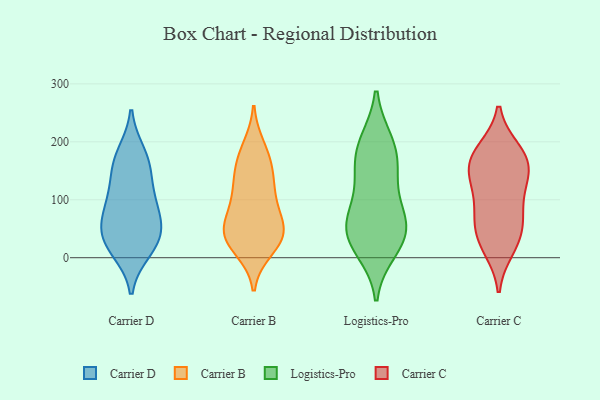
{"axis": {"x": "Temperature (°C)", "y": "Value"}, "legend": ["Carrier B", "Carrier C", "Carrier D", "Logistics-Pro"], "data": [{"x": "", "y": 108, "type": "Carrier D"}, {"x": "", "y": 163, "type": "Carrier D"}, {"x": "", "y": 32, "type": "Carrier D"}, {"x": "", "y": 153, "type": "Carrier D"}, {"x": "", "y": 26, "type": "Carrier D"}, {"x": "", "y": 14, "type": "Carrier D"}, {"x": "", "y": 178, "type": "Carrier D"}, {"x": "", "y": 41, "type": "Carrier D"}, {"x": "", "y": 59, "type": "Carrier D"}, {"x": "", "y": 95, "type": "Carrier D"}, {"x": "", "y": 79, "type": "Carrier D"}, {"x": "", "y": 145, "type": "Carrier B"}, {"x": "", "y": 189, "type": "Carrier B"}, {"x": "", "y": 41, "type": "Carrier B"}, {"x": "", "y": 48, "type": "Carrier B"}, {"x": "", "y": 47, "type": "Carrier B"}, {"x": "", "y": 175, "type": "Carrier B"}, {"x": "", "y": 151, "type": "Carrier B"}, {"x": "", "y": 90, "type": "Carrier B"}, {"x": "", "y": 106, "type": "Carrier B"}, {"x": "", "y": 16, "type": "Carrier B"}, {"x": "", "y": 112, "type": "Carrier B"}, {"x": "", "y": 54, "type": "Carrier B"}, {"x": "", "y": 32, "type": "Carrier B"}, {"x": "", "y": 32, "type": "Carrier B"}, {"x": "", "y": 132, "type": "Logistics-Pro"}, {"x": "", "y": 71, "type": "Logistics-Pro"}, {"x": "", "y": 199, "type": "Logistics-Pro"}, {"x": "", "y": 61, "type": "Logistics-Pro"}, {"x": "", "y": 199, "type": "Logistics-Pro"}, {"x": "", "y": 32, "type": "Logistics-Pro"}, {"x": "", "y": 31, "type": "Logistics-Pro"}, {"x": "", "y": 14, "type": "Logistics-Pro"}, {"x": "", "y": 167, "type": "Logistics-Pro"}, {"x": "", "y": 80, "type": "Logistics-Pro"}, {"x": "", "y": 157, "type": "Logistics-Pro"}, {"x": "", "y": 45, "type": "Logistics-Pro"}, {"x": "", "y": 185, "type": "Carrier C"}, {"x": "", "y": 140, "type": "Carrier C"}, {"x": "", "y": 47, "type": "Carrier C"}, {"x": "", "y": 23, "type": "Carrier C"}, {"x": "", "y": 174, "type": "Carrier C"}, {"x": "", "y": 50, "type": "Carrier C"}, {"x": "", "y": 185, "type": "Carrier C"}, {"x": "", "y": 16, "type": "Carrier C"}, {"x": "", "y": 158, "type": "Carrier C"}, {"x": "", "y": 101, "type": "Carrier C"}, {"x": "", "y": 69, "type": "Carrier C"}, {"x": "", "y": 145, "type": "Carrier C"}, {"x": "", "y": 148, "type": "Carrier C"}, {"x": "", "y": 91, "type": "Carrier C"}]}